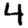
Digit: 4